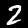
Label: 2